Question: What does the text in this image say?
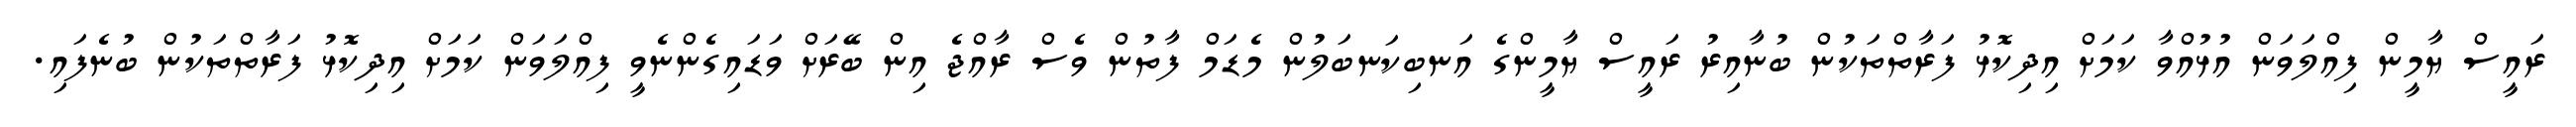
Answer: ރައީސް ޔާމީން ފިއްލަވަން އުޅުއްވާ ކަމަށް އިދިކޮޅު ފަރާތްތަކުން ބުނާއިރު ރައީސް ޔާމީންގެ އަނބިކަނބަލުން މެޑަމް ފާތުން ވެސް ރާއްޖެ އިން ބޭރަށް ވަޑައިގެންނެވީ ފިއްލަވަން ކަމަށް އިދިކޮޅު ފަރާތްތަކުން ބުނެފައި.